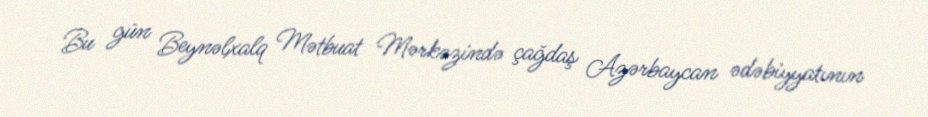
Bu gün Beynəlxalq Mətbuat Mərkəzində çağdaş Azərbaycan ədəbiyyatının